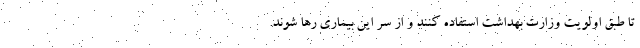
تا طبق اولویت وزارت بهداشت استفاده کنند و از سر این بیماری رها شوند.